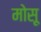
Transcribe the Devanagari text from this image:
मोसू